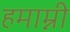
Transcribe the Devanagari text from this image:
हमाम्नी